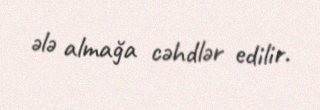
ələ almağa cəhdlər edilir.